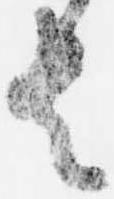
者